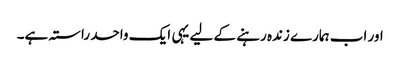
اور اب ہمارے زندہ رہنے کے لیے یہی ایک واحد راستہ ہے۔